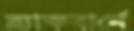
ব্ল্যাকবার্নে